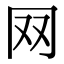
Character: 𦉳